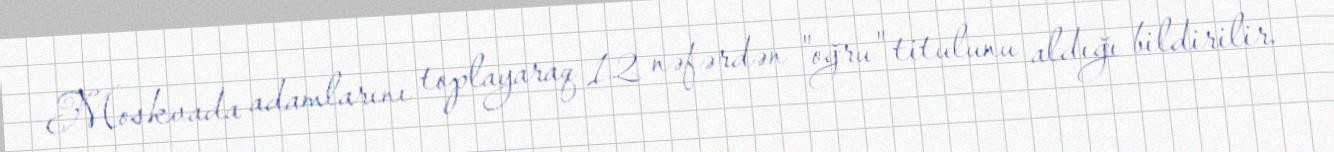
Moskvada adamlarını toplayaraq 12 nəfərdən "oğru" titulunu aldığı bildirilir.